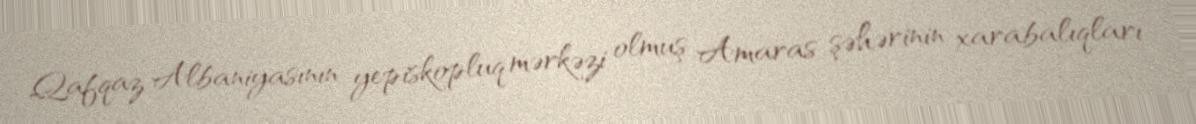
Qafqaz Albaniyasının yepiskopluq mərkəzi olmuş Amaras şəhərinin xarabalıqları